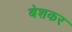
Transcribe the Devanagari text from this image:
बेशकर